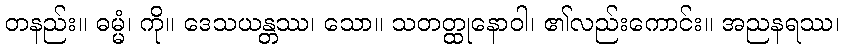
တနည်း။ ဓမ္မံ၊ ကို။ ဒေသယန္တဿ၊ သော။ သတတ္ထုနောဝါ၊ ၏လည်းကောင်း။ အညနရဿ၊